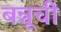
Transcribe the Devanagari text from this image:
बन्नूची